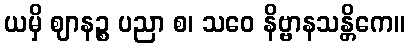
ယမှိ ဈာနဉ္စ ပညာ စ၊ သဝေ နိဗ္ဗာနသန္တိကေ။